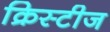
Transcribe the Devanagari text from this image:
क्रिस्टीज